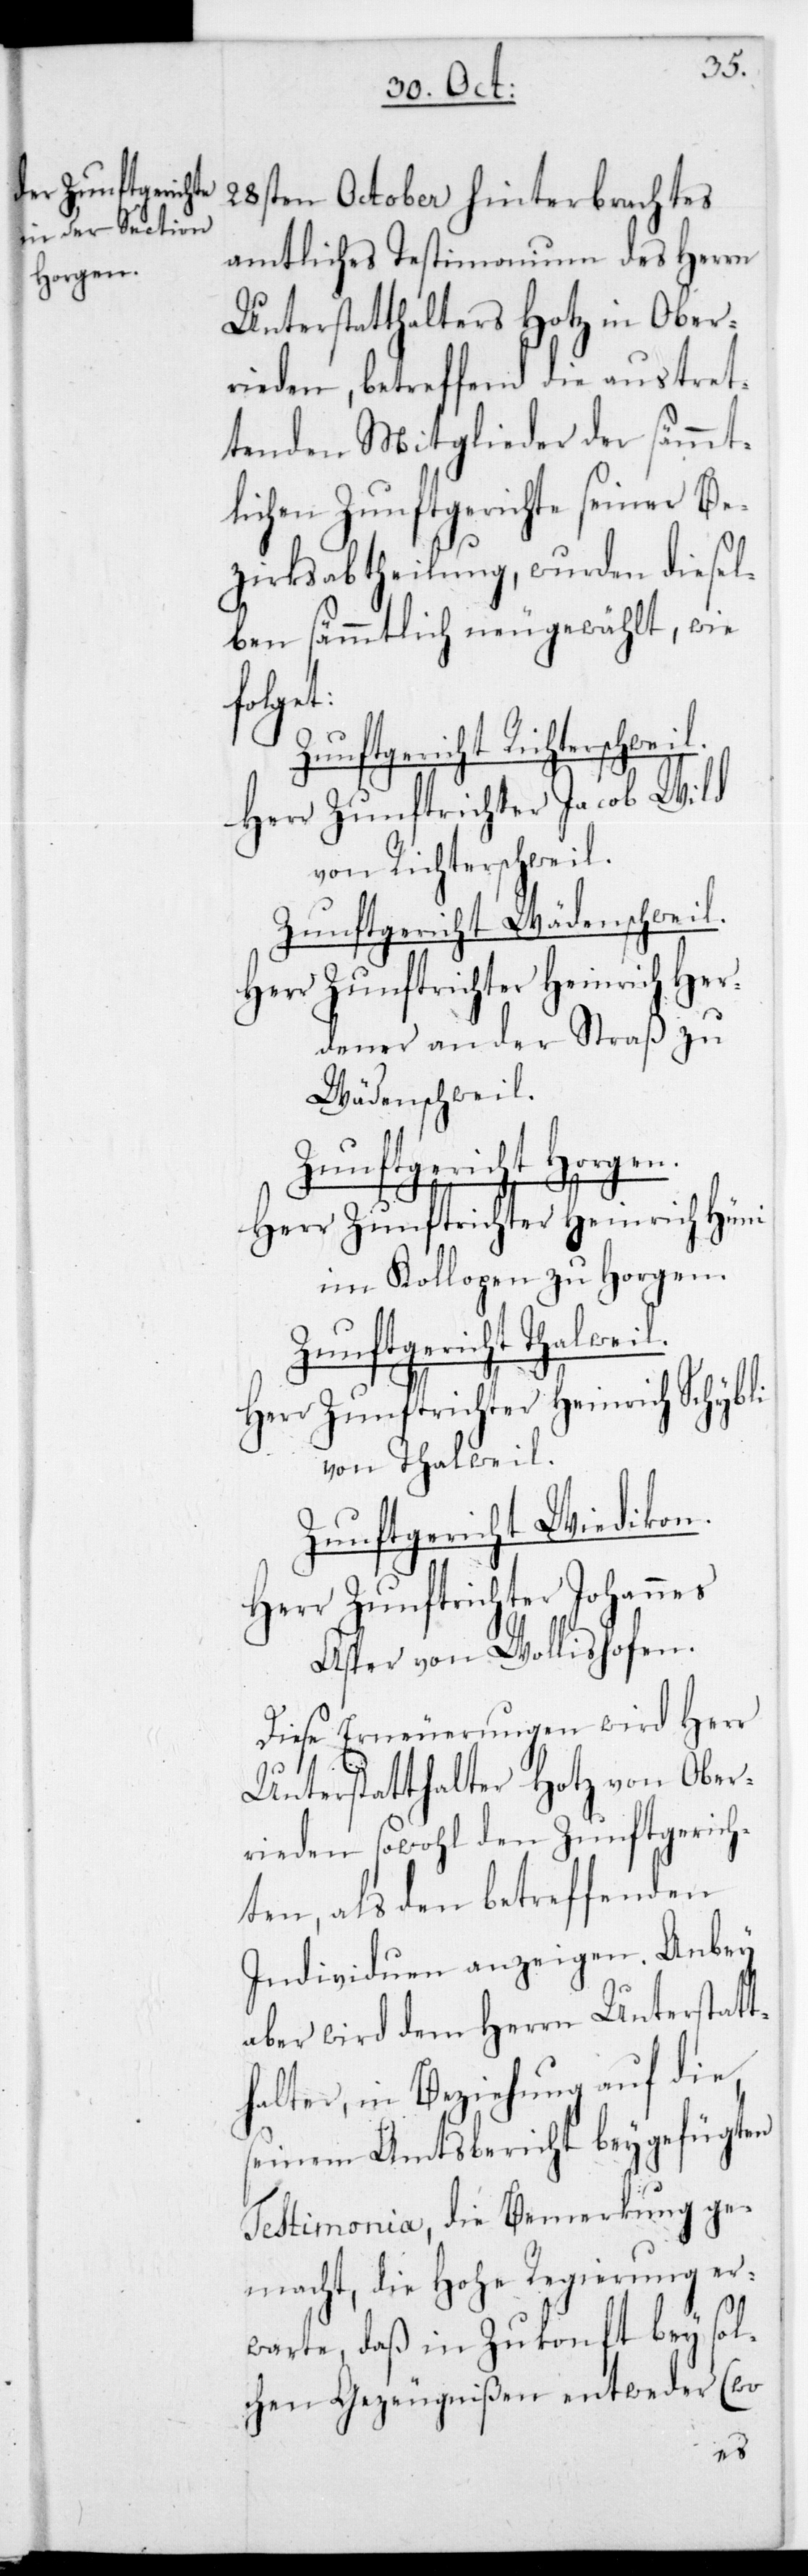
28sten October hinterbrachtes
amtliches Testimonium des Herrn
Unterstatthalters Hotz in Ober¬
rieden, betreffend die austret¬
tenden Mitglieder der sämmt¬
lichen Zunftgerichte seiner Be¬
zirksabtheilung, wurden diesel¬
ben sämmtlich neugewählt, wie
folget:
Zunftgericht Richterschwei¬
Herr Zunftrichter Jacob Wild
von Richterschweil.
Zunftgericht Wädenschweil.
Herr Zunftrichter Heinrich Her¬
dener an der Straß zu
Wädenschweil.
Zunftgericht Horgen.
Herr Zunftrichter Heinrich Hüni
im Kollopen zu Horgen.
Zunftgericht Thalweil.
Herr Zunftrichter Heinrich Schybli
von Thalweil.
Zunftgericht Wiedikon.
Herr Zunftrichter Johannes
Asper von Wollishofen.
Diese Erneuerungen wird Herr
Unterstatthalter Hotz von Ober¬
rieden sowohl den Zunftgerich¬
ten, als den betreffenden
Individuen anzeigen. Anbey
aber wird dem Herrn Unterstatt¬
halter, in Beziehung auf die,
seinem Amtsbericht beygefügten
Testimonia, die Bemerkung ge¬
macht, die Hohe Regierung er¬
warte, daß in Zukonft bey sol¬
chen Gezeugnißen entweder (wo
l.